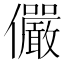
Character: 儼